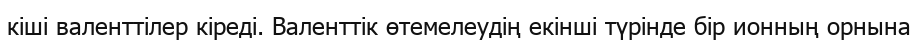
кіші валенттілер кіреді. Валенттік өтемелеудің екінші түрінде бір ионның орнына